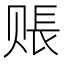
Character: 𧹔